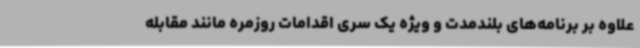
علاوه بر برنامه‌های بلندمدت و ویژه یک سری اقدامات روزمره مانند مقابله